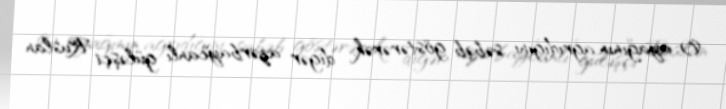
O, ayağının ağrıdığını səbəb göstərərək, digər azərbaycanlı güləşçi Ruslan